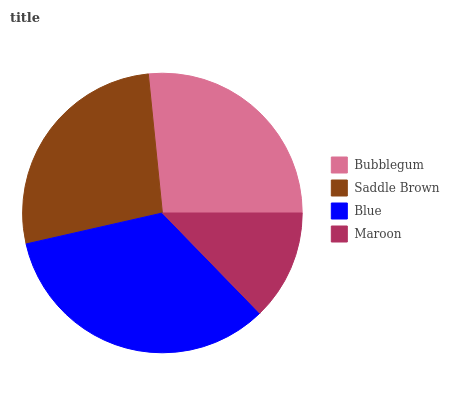
| Bubblegum | Saddle Brown | Blue | Maroon |
 | --- | --- | --- | --- |
 | 26.6% | 26.9% | 33.8% | 12.7% |